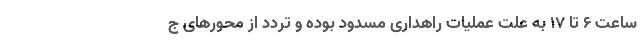
ساعت ۶ تا ۱۷ به علت عملیات راهداری مسدود بوده و تردد از محورهای ج